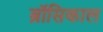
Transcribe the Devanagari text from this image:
ब्रॉसिकाल